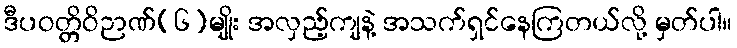
ဒီပဝတ္တိဝိဉာဏ်(၆)မျိုး အလှည့်ကျနဲ့ အသက်ရှင်နေကြတယ်လို့ မှတ်ပါ။